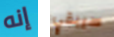
إنه سيبقي